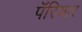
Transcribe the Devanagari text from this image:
पॅरियार